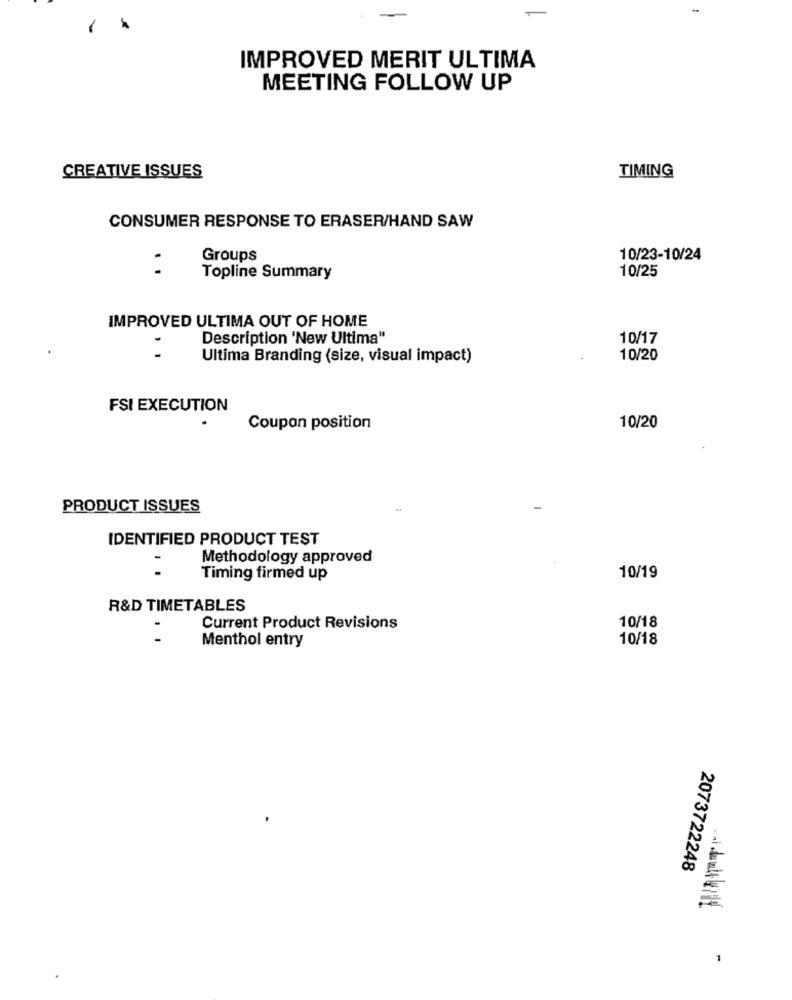
-
1
IMPROVED MERIT ULTIMA
MEETING FOLLOW UP
CREATIVE ISSUES
TIMING
CONSUMER RESPONSE TO ERASER/HAND SAW
Groups
10/23-10/24
10/25
. .
Topline Summary
IMPROVED ULTIMA OUT OF HOME
Description 'New Ultima"
10/17
1 1
Ultima Branding (size, visual impact)
10/20
FSI EXECUTION
Coupon position
10/20
PRODUCT ISSUES
IDENTIFIED PRODUCT TEST
Methodology approved
1 .
Timing firmed up
10/19
R&D TIMETABLES
Current Product Revisions
10/18
Menthol entry
10/18
2073722248
1